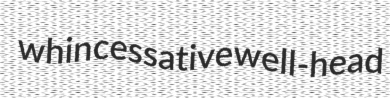
whin cessative well-head